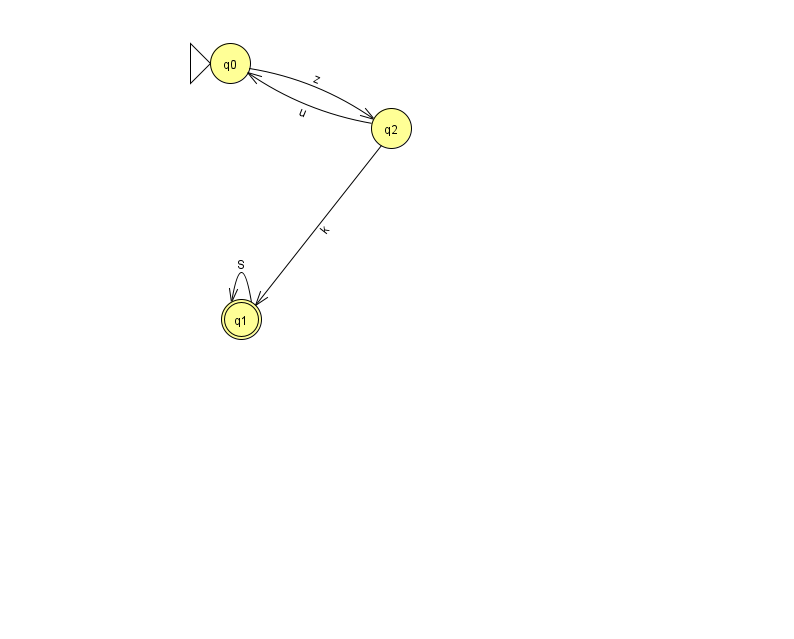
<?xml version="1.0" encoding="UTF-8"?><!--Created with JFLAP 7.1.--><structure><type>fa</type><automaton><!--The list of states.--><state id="0" name="q0"><x>230.0</x><y>50.0</y><initial/></state><state id="1" name="q1"><x>241.0</x><y>306.0</y><final/></state><state id="2" name="q2"><x>391.0</x><y>115.0</y></state><!--The list of transitions.--><transition><from>0</from><to>2</to><read>z</read></transition><transition><from>1</from><to>1</to><read>S</read></transition><transition><from>2</from><to>0</to><read>u</read></transition><transition><from>2</from><to>1</to><read>k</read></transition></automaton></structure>